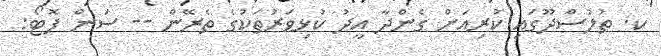
ކ. ތުލުސްދޫގައި ކުރިއަށް ގެންދާ އީދު ކުޅިވަރުތަކުގެ ތެރޭން -- ސަން ފޮޓޯ: